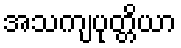
အသကျပုတ္တိယာ